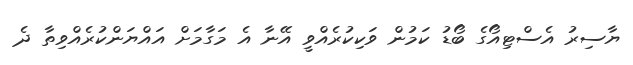
ޔާސިރު އެސްޓިއޯގެ ބޯޑު ކަމުން ވަކިކުރެއްވީ އޭނާ އެ މަގާމަށް އައްޔަންކުރެއްވިތާ ދެ